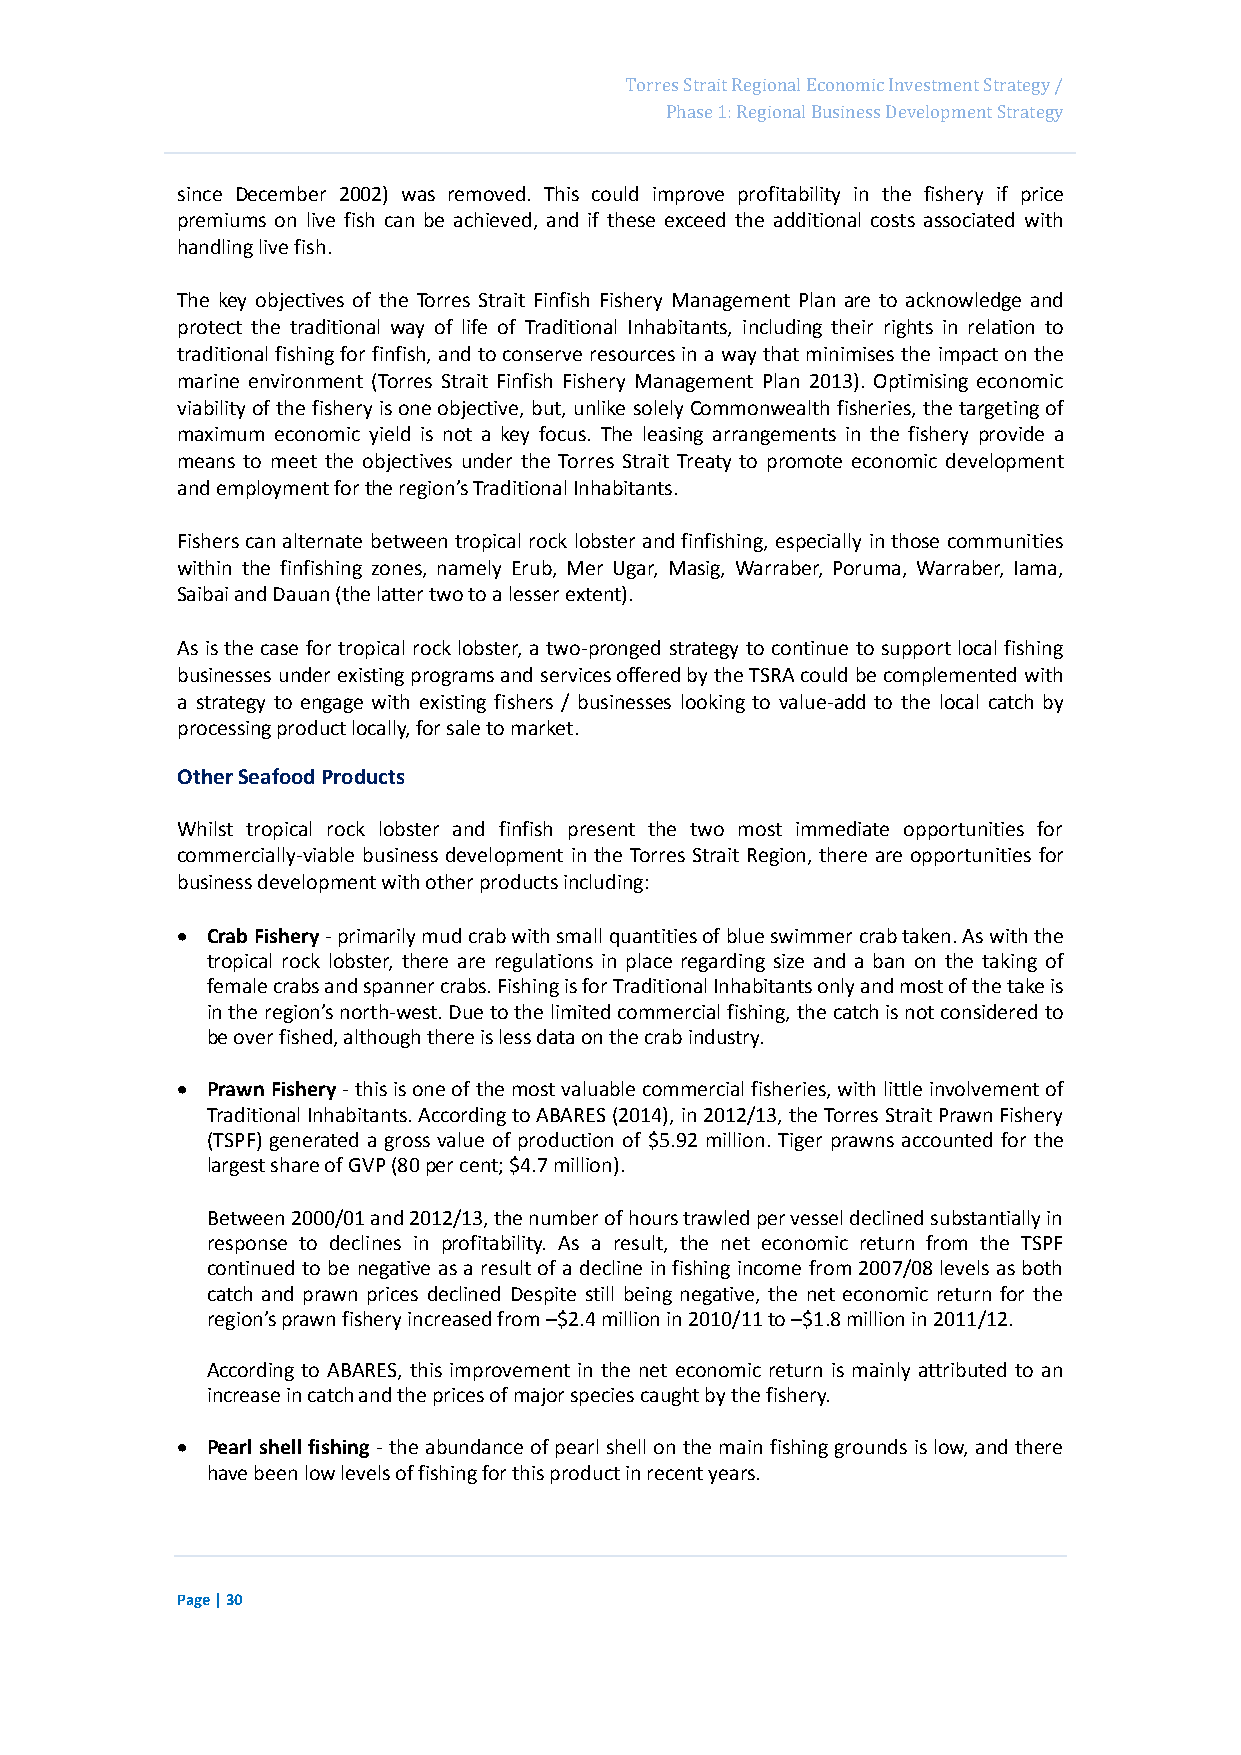
Page 46
 Torres Strait Regional Economic Investment Strategy /
 Phase 1: Regional Business Development Strategy
 since December 2002) was removed. This could improve profitability in the fishery if price
 premiums on live fish can be achieved, and if these exceed the additional costs associated with
 handling live fish.
 The key objectives of the Torres Strait Finfish Fishery Management Plan are to acknowledge and
 protect the traditional way of life of Traditional Inhabitants, including their rights in relation to
 traditional fishing for finfish, and to conserve resources in a way that minimises the impact on the
 marine environment (Torres Strait Finfish Fishery Management Plan 2013). Optimising economic
 viability of the fishery is one objective, but, unlike solely Commonwealth fisheries, the targeting of
 maximum economic yield is not a key focus. The leasing arrangements in the fishery provide a
 means to meet the objectives under the Torres Strait Treaty to promote economic development
 and employment for the region’s Traditional Inhabitants.
 Fishers can alternate between tropical rock lobster and finfishing, especially in those communities
 within the finfishing zones, namely Erub, Mer Ugar, Masig, Warraber, Poruma, Warraber, Iama,
 Saibai and Dauan (the latter two to a lesser extent).
 As is the case for tropical rock lobster, a two-pronged strategy to continue to support local fishing
 businesses under existing programs and services offered by the TSRA could be complemented with
 a strategy to engage with existing fishers / businesses looking to value-add to the local catch by
 processing product locally, for sale to market.
 Other Seafood Products
 Whilst tropical rock lobster and finfish present the two most immediate opportunities for
 commercially-viable business development in the Torres Strait Region, there are opportunities for
 business development with other products including:
  Crab Fishery - primarily mud crab with small quantities of blue swimmer crab taken. As with the
 tropical rock lobster, there are regulations in place regarding size and a ban on the taking of
 female crabs and spanner crabs. Fishing is for Traditional Inhabitants only and most of the take is
 in the region’s north-west. Due to the limited commercial fishing, the catch is not considered to
 be over fished, although there is less data on the crab industry.
  Prawn Fishery - this is one of the most valuable commercial fisheries, with little involvement of
 Traditional Inhabitants. According to ABARES (2014), in 2012/13, the Torres Strait Prawn Fishery
 (TSPF) generated a gross value of production of $5.92 million. Tiger prawns accounted for the
 largest share of GVP (80 per cent; $4.7 million).
 Between 2000/01 and 2012/13, the number of hours trawled per vessel declined substantially in
 response to declines in profitability. As a result, the net economic return from the TSPF
 continued to be negative as a result of a decline in fishing income from 2007/08 levels as both
 catch and prawn prices declined Despite still being negative, the net economic return for the
 region’s prawn fishery increased from –$2.4 million in 2010/11 to –$1.8 million in 2011/12.
 According to ABARES, this improvement in the net economic return is mainly attributed to an
 increase in catch and the prices of major species caught by the fishery.
  Pearl shell fishing - the abundance of pearl shell on the main fishing grounds is low, and there
 have been low levels of fishing for this product in recent years.
 Page | 30